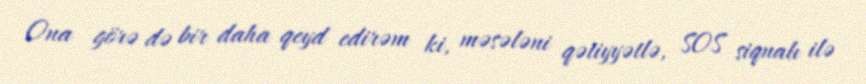
Ona görə də bir daha qeyd edirəm ki, məsələni qətiyyətlə, SOS siqnalı ilə